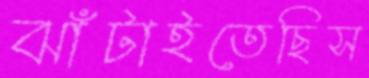
ঝাঁটাইতেছিস